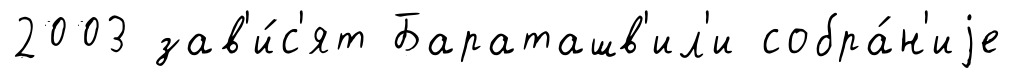
2003 зав'и́с'ят Бараташв'ил'и собра́н'иjе